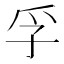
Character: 孚